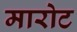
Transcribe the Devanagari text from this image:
मारोट